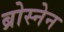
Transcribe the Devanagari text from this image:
ब्रोस्नेन